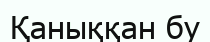
Қаныққан бу